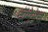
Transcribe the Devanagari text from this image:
दॉमेनेच